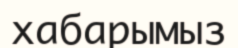
хабарымыз